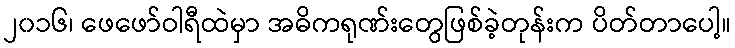
၂၀၁၆၊ ဖေဖော်ဝါရီထဲမှာ အဓိကရုဏ်းတွေဖြစ်ခဲ့တုန်းက ပိတ်တာပေါ့။